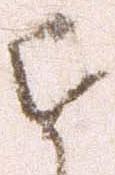
近